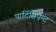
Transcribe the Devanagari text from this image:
पार्टिसिपेन्ट